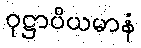
ဝုဋ္ဌာပိယမာနံ